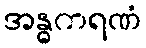
အန္ဓကရဏံ